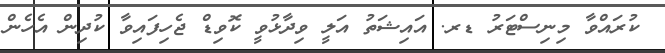
ކުރައްވާ މިނިސްޓަރު ޑރ. އައިޝަތު އަލީ ވިދާޅުވީ ކޮވިޑް ޖެހިފަައިވާ ކުދިން އެހެން